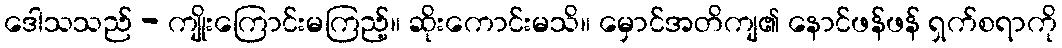
ဒေါသသည် - ကျိုးကြောင်းမကြည့်။ ဆိုးကောင်းမသိ။ မှောင်အတိကျ၏ နောင်ဖန်ဖန် ရှက်စရာကို